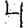
Digit: 4